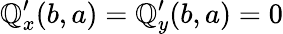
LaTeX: \mathbb{Q}_{x}^{\prime}(b,a)=\mathbb{Q}_{y}^{\prime}(b,a)=0